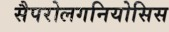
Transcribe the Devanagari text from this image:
सैपरोलगनियोसिस